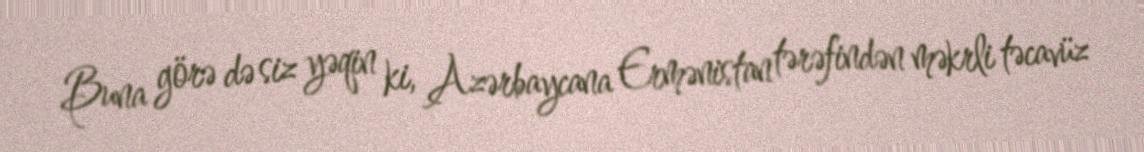
Buna görə də siz yəqin ki, Azərbaycana Ermənistan tərəfindən məkrli təcavüz